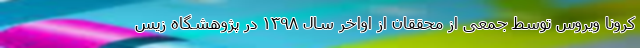
کرونا ویروس توسط جمعی از محققان از اواخر سال ۱۳۹۸ در پژوهشگاه زیس